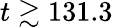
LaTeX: t\gtrsim 131.3